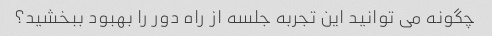
چگونه می توانید این تجربه جلسه از راه دور را بهبود ببخشید؟